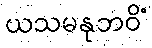
ယသမနုဘဝိံ